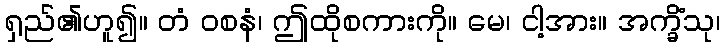
ရှည်၏ဟူ၍။ တံ ဝစနံ၊ ဤထိုစကားကို။ မေ၊ ငါ့အား။ အက္ခိံသု၊